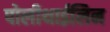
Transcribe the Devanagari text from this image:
पोलीथाईलिन